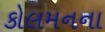
કોલમનના